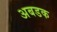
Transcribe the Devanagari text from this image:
अबडक